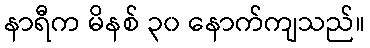
နာရီက မိနစ် ၃၀ နောက်ကျသည်။